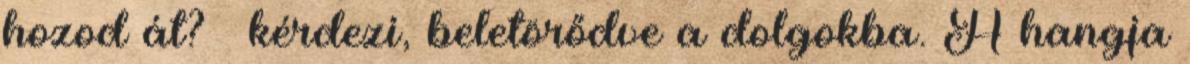
hozod át? – kérdezi, beletörődve a dolgokba. A hangja